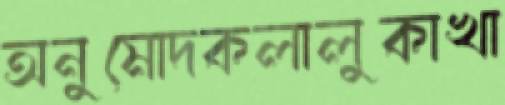
অনুমোদকলালুকাখা